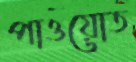
পাওয়োত